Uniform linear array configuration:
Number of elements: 32
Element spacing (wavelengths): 0.75
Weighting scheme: hamming
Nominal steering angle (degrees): -15
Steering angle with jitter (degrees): -14.28
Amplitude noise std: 0.05
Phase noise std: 0.05

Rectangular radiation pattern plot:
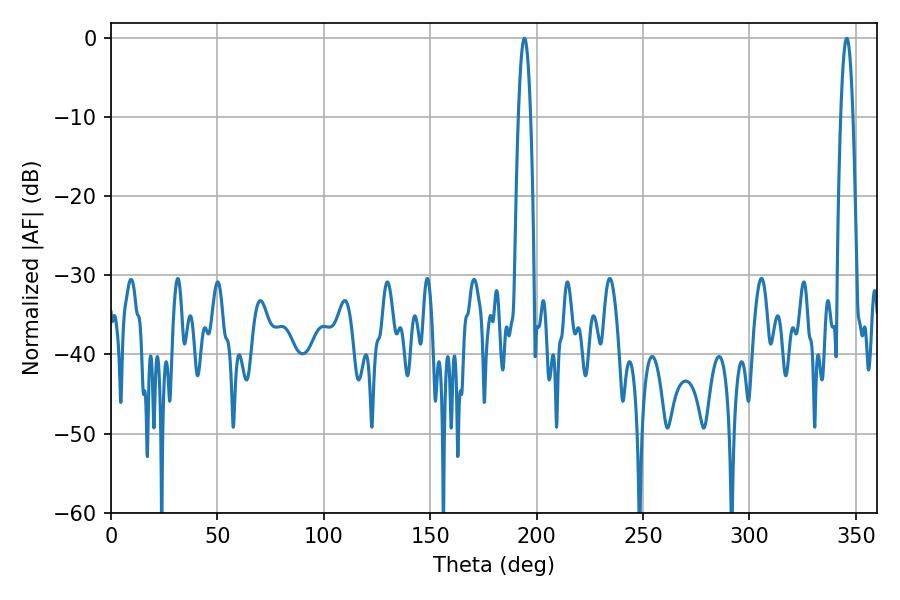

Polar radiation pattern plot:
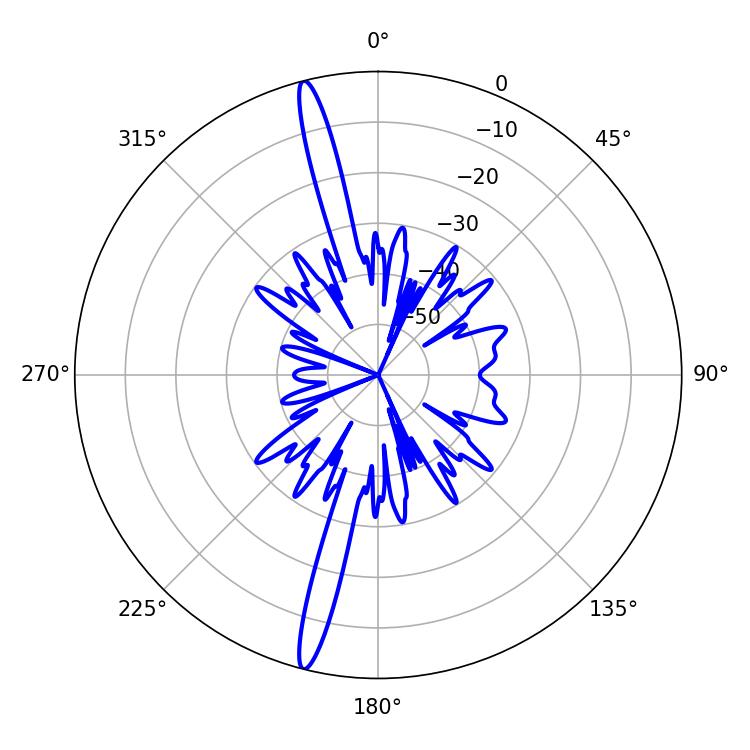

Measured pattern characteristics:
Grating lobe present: TRUE
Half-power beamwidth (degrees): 3.06
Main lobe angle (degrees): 194.22